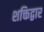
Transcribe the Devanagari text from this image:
शक्तिद्वार